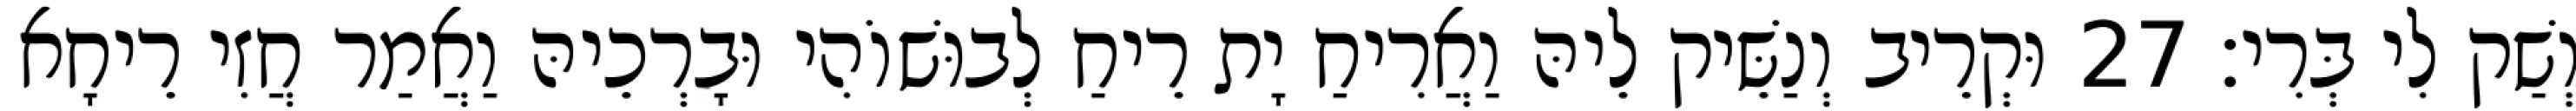
וְשַׁק לִי בְּרִי׃ 27 וּקְרֵיב וְנַשֵּׁיק לֵיהּ וַאֲרִיחַ יָת רֵיחַ לְבוּשׁוֹהִי וּבָרְכֵיהּ וַאֲמַר חֲזִי רֵיחָא